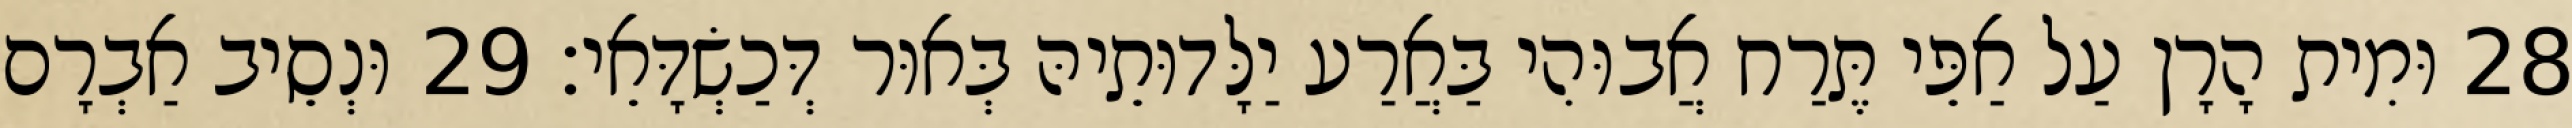
28 וּמִית הָרָן עַל אַפֵּי תֶּרַח אֲבוּהִי בַּאֲרַע יַלָּדוּתֵיהּ בְּאוּר דְּכַשְׂדָּאֵי׃ 29 וּנְסֵיב אַבְרָם